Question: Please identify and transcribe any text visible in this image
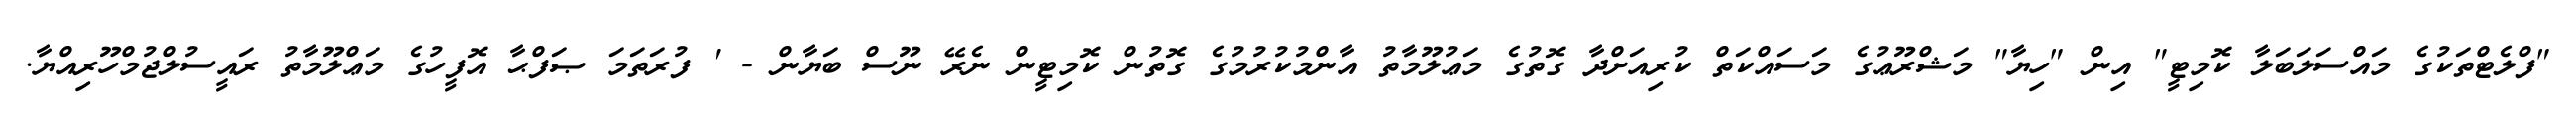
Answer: "ފްލެޓްތަކުގެ މައްސަލަބަލާ ކޮމިޓީ" އިން "ހިޔާ" މަޝްރޫޢުގެ މަސައްކަތް ކުރިއަށްދާ ގޮތުގެ މަޢުލޫމާތު އާންމުކުރުމުގެ ގޮތުން ކޮމިޓީން ނެރޭ ނޫސް ބަޔާން - ' ފުރަތަމަ ޞަފްޙާ އޮފީހުގެ މަޢްލޫމާތު ރައީސުލްޖުމްހޫރިއްޔާ.